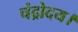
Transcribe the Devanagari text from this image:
चंद्रोदय।